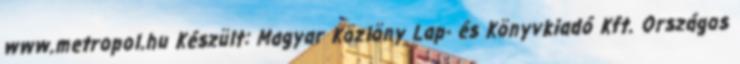
www.metropol.hu Készült: Magyar Közlöny Lap- és Könyvkiadó Kft. Országos